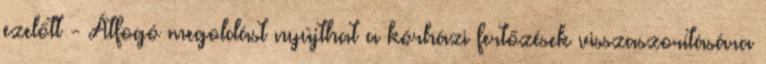
ezelőtt - Átfogó megoldást nyújthat a kórházi fertőzések visszaszorítására